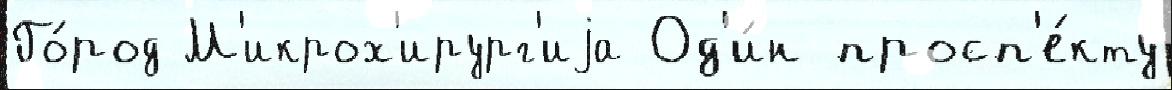
Го́род М'икрох'ирург'иjа Од'и́н просп'е́кту